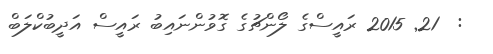
:  21